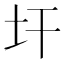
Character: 𱖇